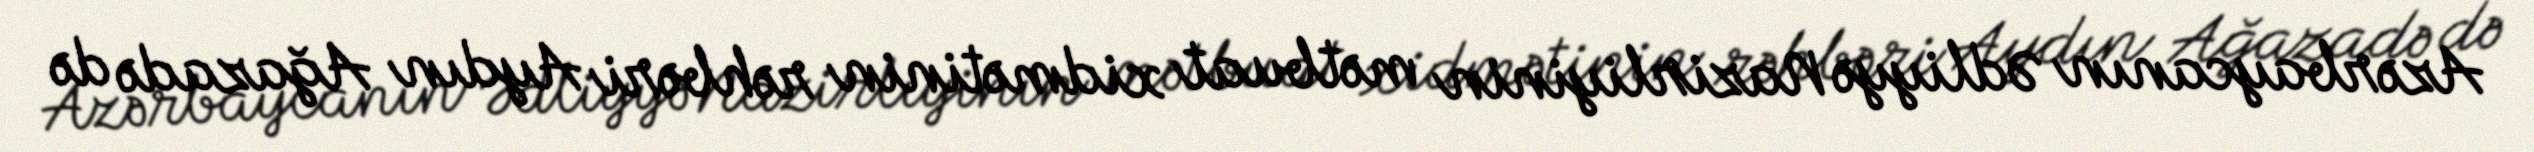
Azərbaycanın Ədliyyə Nazirliyinin mətbuat xidmətinin rəhbəri Aydın Ağazadə də